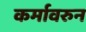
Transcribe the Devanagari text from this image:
कर्मावरुन